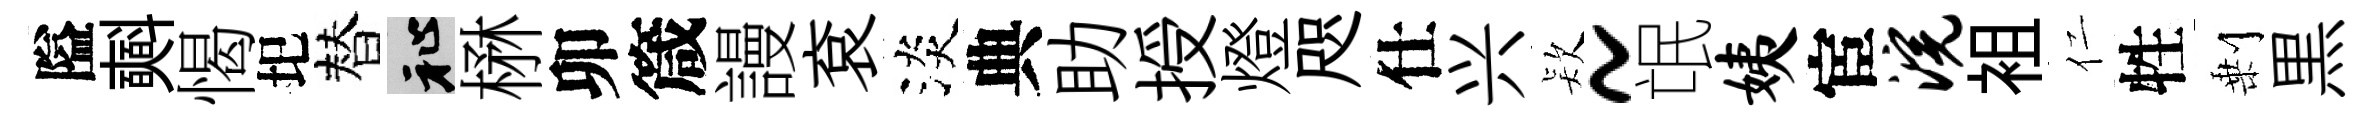
隘𣂏愒圯替祉楙卯箴謾袞淡典助授燈咫仕兴𣣇~氓姨宦浣袓仁牲剰黒